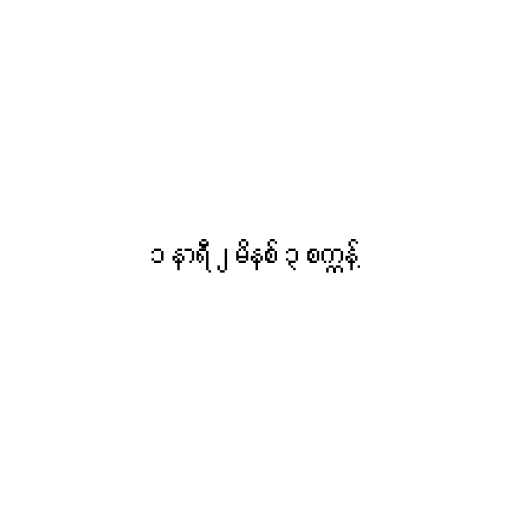
၁ နာရီ ၂ မိနစ် ၃ စက္ကန့်